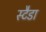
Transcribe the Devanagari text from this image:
स्टैडा